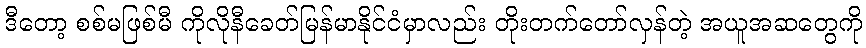
ဒီတော့ စစ်မဖြစ်မီ ကိုလိုနီခေတ်မြန်မာနိုင်ငံမှာလည်း တိုးတက်တော်လှန်တဲ့ အယူအဆတွေကို